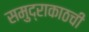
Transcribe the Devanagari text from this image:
समुद्राकाठची